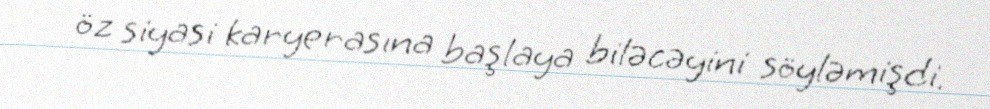
öz siyasi karyerasına başlaya biləcəyini söyləmişdi.